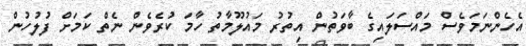
އެހެންނަމަވެސް މައްސަލައިގެ ބާވަތުން އިތުރު މައުލޫމާތު ހާމަ ކުރެވެން ނެތް ކަަމަށް ފުލުހުން